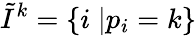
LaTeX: \tilde{I}^{k}=\{ i\; |p_{i}=k\}